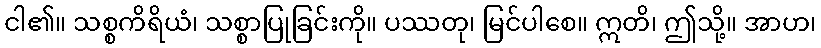
ငါ၏။ သစ္စကိရိယံ၊ သစ္စာပြုခြင်းကို။ ပဿတု၊ မြင်ပါစေ။ ဣတိ၊ ဤသို့။ အာဟ၊